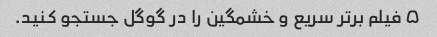
۵ فیلم برتر سریع و خشمگین را در گوگل جستجو کنید.